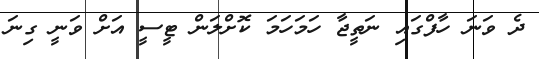
ދެ ވަނަ ހާފްގައި ނަތީޖާ ހަމަހަމަ ކޮށްލަން ޓީސީ އަށް ވަނީ ގިނަ